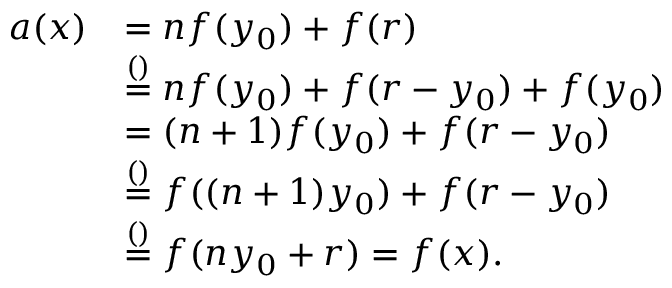
\begin{array} { r l } { a ( x ) } & { = n f ( y _ { 0 } ) + f ( r ) } \\ & { \stackrel { ( ) } { = } n f ( y _ { 0 } ) + f ( r - y _ { 0 } ) + f ( y _ { 0 } ) } \\ & { = ( n + 1 ) f ( y _ { 0 } ) + f ( r - y _ { 0 } ) } \\ & { \stackrel { ( ) } { = } f ( ( n + 1 ) y _ { 0 } ) + f ( r - y _ { 0 } ) } \\ & { \stackrel { ( ) } { = } f ( n y _ { 0 } + r ) = f ( x ) . } \end{array}